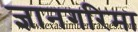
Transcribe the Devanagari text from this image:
ज्ञानगरिमा